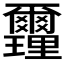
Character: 𨤻